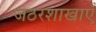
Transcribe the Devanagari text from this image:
जठरशाखाएँ